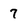
Character: 7